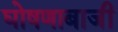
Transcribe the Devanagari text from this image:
घोषणाबाजी